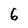
Character: 6